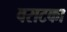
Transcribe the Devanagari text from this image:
वराटका